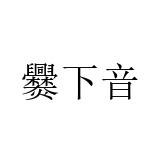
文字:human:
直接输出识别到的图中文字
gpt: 爨下音